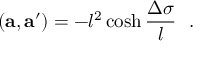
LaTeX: ( { \bf a } , { \bf a ^ { \prime } } ) = - l ^ { 2 } \cosh { \frac { \Delta \sigma } { l } } ~ ~ .